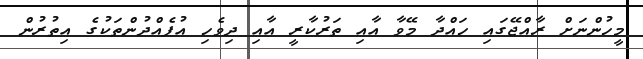
މީހުންނަށް ރާއްޖޭގައި ހައްދާ މޭވާ އާއި ތަރުކާރީ އާއިި ދިވެހި އުފެއްދުންތަކުގެ އިތުރުން